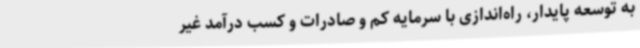
به توسعه پایدار، راه‌اندازی با سرمایه کم و صادرات و کسب درآمد غیر